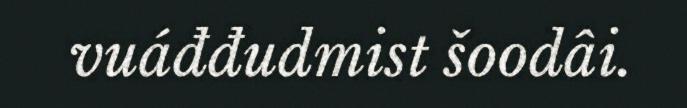
vuáđđudmist šoodâi.